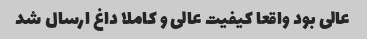
عالی بود واقعا کیفیت عالی و کاملا داغ ارسال شد